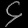
Digit: ၄